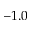
- 1 . 0